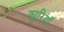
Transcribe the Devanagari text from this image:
फ्युरियाँ